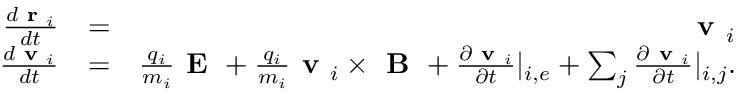
\begin{array} { r l r } { \frac { d \textbf { r } _ { i } } { d t } } & { = } & { \textbf { v } _ { i } } \\ { \frac { d \textbf { v } _ { i } } { d t } } & { = } & { \frac { q _ { i } } { m _ { i } } \textbf { E } + \frac { q _ { i } } { m _ { i } } \textbf { v } _ { i } \times \textbf { B } + \frac { \partial \textbf { v } _ { i } } { \partial t } | _ { i , e } + \sum _ { j } \frac { \partial \textbf { v } _ { i } } { \partial t } | _ { i , j } . } \end{array}